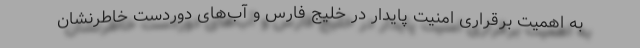
به اهمیت برقراری امنیت پایدار در خلیج فارس و آب‌های دوردست خاطرنشان